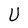
Character: U